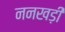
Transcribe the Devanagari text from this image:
ननखड़ी